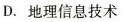
D. 地理信息技术